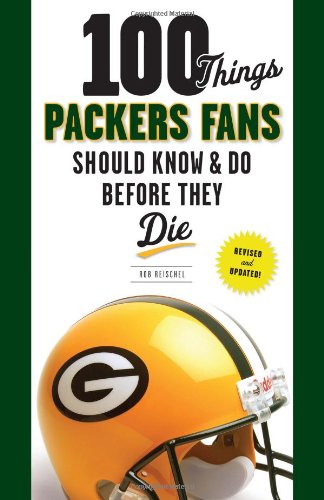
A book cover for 100 Things Packers Fans Should Know & Do Before They Die (100 Things...Fans Should Know); Rob Reischel; Sports & Outdoors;